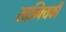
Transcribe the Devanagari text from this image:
सान्क्यिकी